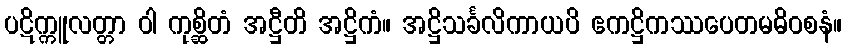
ပဋိက္ကူလတ္တာ ဝါ ကုစ္ဆိတံ အဋ္ဌီတိ အဋ္ဌိကံ။ အဋ္ဌိသင်္ခလိကာယပိ ဧကဋ္ဌိကဿပေတမဓိဝစနံ။